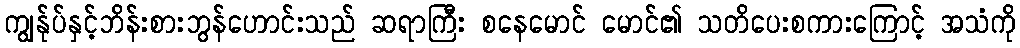
ကျွန်ုပ်နှင့်ဘိန်းစားဘွန်ဟောင်းသည် ဆရာကြီး စနေမောင် မောင်၏ သတိပေးစကားကြောင့် အသံကို